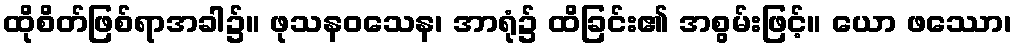
ထိုစိတ်ဖြစ်ရာအခါ၌။ ဖုသနဝသေန၊ အာရုံ၌ ထိခြင်း၏ အစွမ်းဖြင့်။ ယော ဖဿော၊